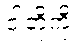
ငါတို့ကို